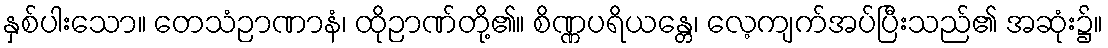
နှစ်ပါးသော။ တေသံဉာဏာနံ၊ ထိုဉာဏ်တို့၏။ စိဏ္ဏပရိယန္တေ၊ လေ့ကျက်အပ်ပြီးသည်၏ အဆုံး၌။